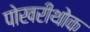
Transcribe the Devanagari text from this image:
पोखरीथोक